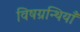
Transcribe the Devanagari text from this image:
विषग्रन्थियाँ